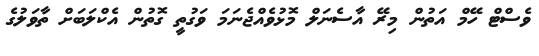
ވެސްޓް ހޭމް އަތުން މިރޭ އާސެނަލް މޮޅުވެއްޖެނަމަ ވަގުތީ ގޮތުން އެކްލަބަށް ތާވަލުގެ